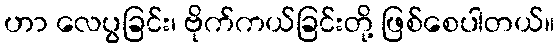
ဟာ လေပွခြင်း၊ ဗိုက်ကယ်ခြင်းတို့ ဖြစ်စေပါတယ်။